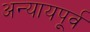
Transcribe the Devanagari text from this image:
अन्यायपूर्व